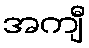
အကျီ